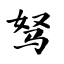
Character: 驽